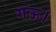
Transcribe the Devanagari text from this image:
गऊ।